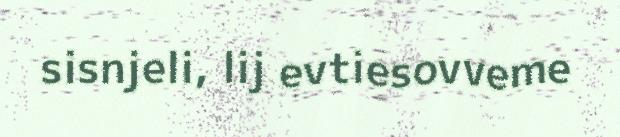
sisnjeli, lij evtiesovveme